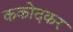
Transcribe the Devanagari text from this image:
ककोदकर